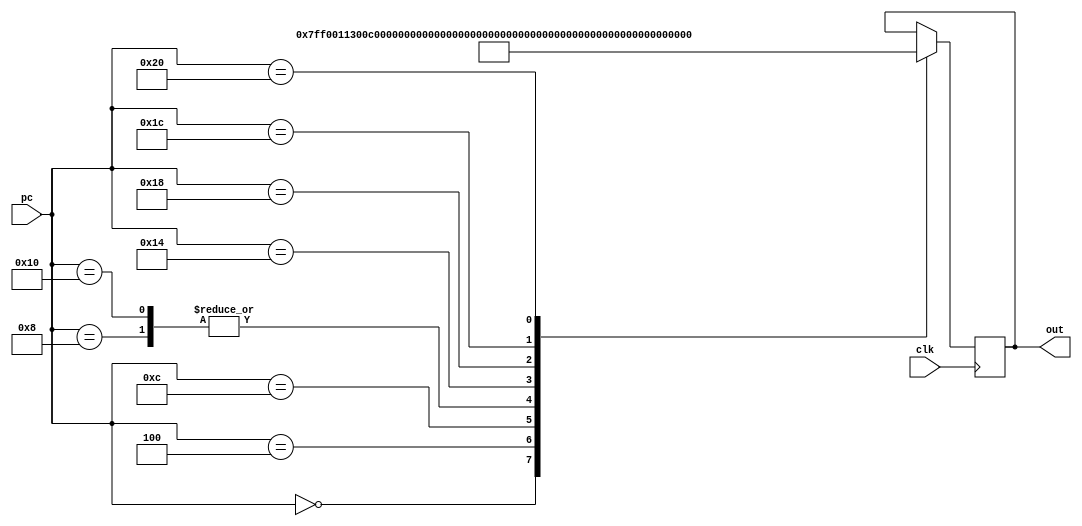
module mock_pgmem(pc, clk, out);

	input [31:0] pc;
	input clk;
	output reg[31:0] out = 0;
	
	always @(posedge clk) begin
		case (pc)
			0: out = 32'h7ff00113;
			4: out = 32'h00c000ef;
			8: out = 32'h000017b7;
			12: out = 32'h80078623;
			
			16: out = 32'h000017b7;
			20: out = 32'h04800713;
			24: out = 32'h80e78023;
			28: out = 32'h00000513;
			32: out = 32'h00008067;
		endcase
	end

endmodule